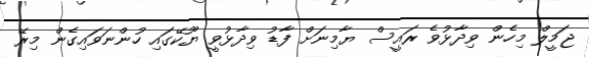
ޖަމީލް މިހެން ވިދާޅުވެ ރައީސް ޔާމިނަށް ފާޑު ވިދާޅުވީ ޔޫކޭގައި ހުންނަވައިގެން މިރޭ